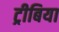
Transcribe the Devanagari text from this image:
ट्रीबिया